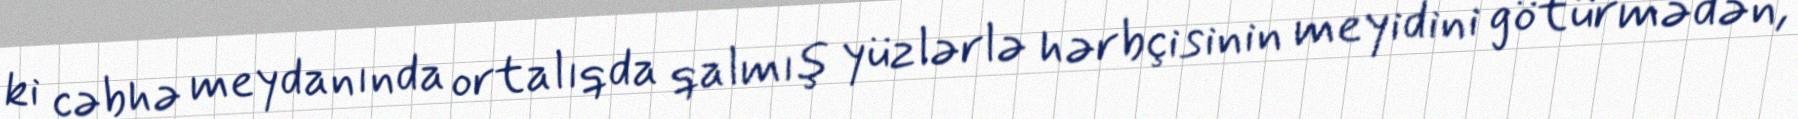
ki cəbhə meydanında ortalıqda qalmış yüzlərlə hərbçisinin meyidini götürmədən,